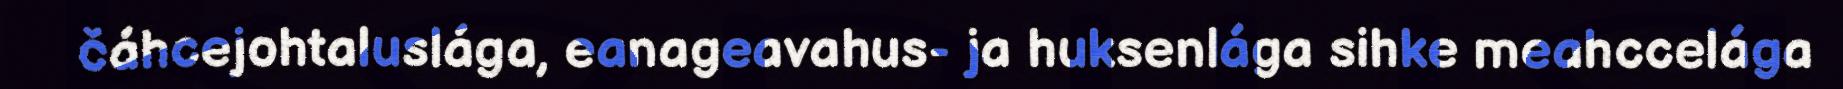
čáhcejohtaluslága, eanageavahus- ja huksenlága sihke meahccelága